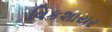
વિકશાયર